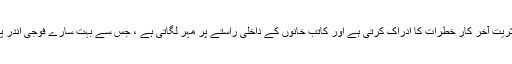
ایس ایس کی اکثریت آخر کار خطرات کا ادراک کرتی ہے اور کاتب خانوں کے داخلی راستے پر مہر لگاتی ہے ، جس سے بہت سارے فوجی اندر پھنس جاتے ہیں۔